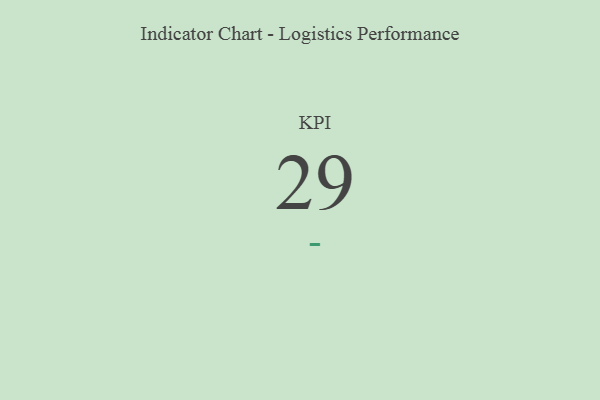
{"axis": {"x": "KPI", "y": "Value"}, "legend": [""], "data": [{"x": "KPI", "y": 29, "type": ""}]}